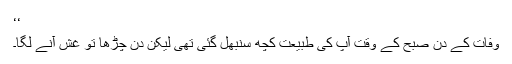
‘‘
وفات کے دن صبح کے وقت آپ کی طبیعت کچھ سنبھل گئی تھی لیکن دن چڑھا تو غش آنے لگا۔